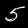
Label: 5